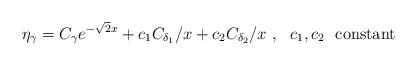
LaTeX: \begin{align*}\eta_{\gamma}=C_{\gamma} e^{-\sqrt{2}x}+ c_1 C_{\delta_1}/x+c_2 C_{\delta_2}/x \ , \ \ c_1, c_2 \ \ {\rm constant}\end{align*}